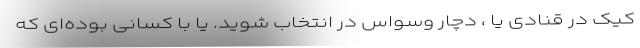
کیک در قنادی یا ، دچار وسواس در انتخاب شوید. یا با کسانی بوده‌ای که